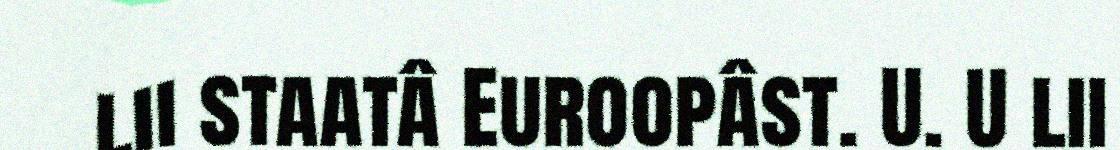
lii staatâ Euroopâst. U. U lii